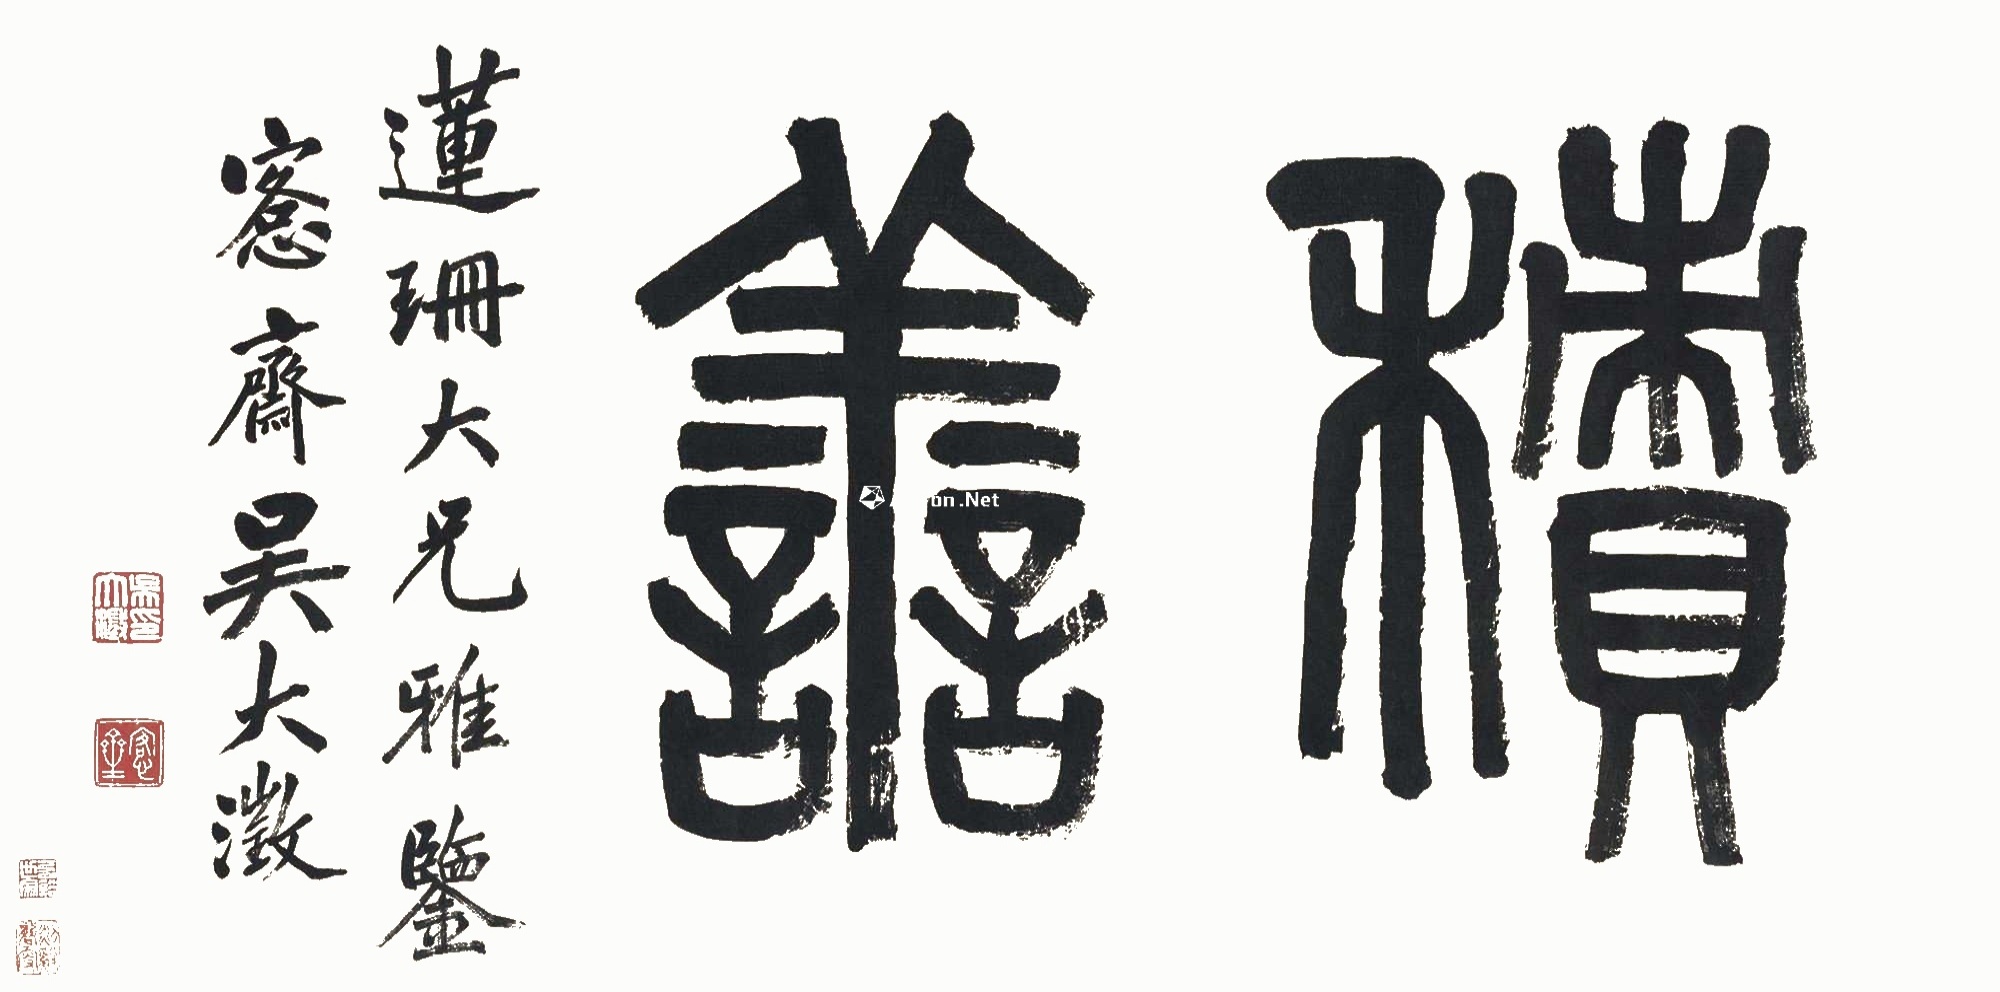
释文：积善。莲珊大兄雅鉴，愙斋吴大澂。